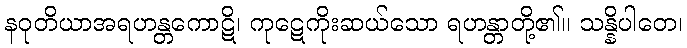
နဝုတိယာအရဟန္တကောဋိ၊ ကုဋေကိုးဆယ်သော ရဟန္တာတို့၏။ သန္နိပါတေ၊